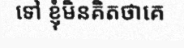
ទៅ ខ្ញុំមិនគិតថាគេ